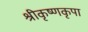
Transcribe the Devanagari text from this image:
श्रीकृष्णकृपा